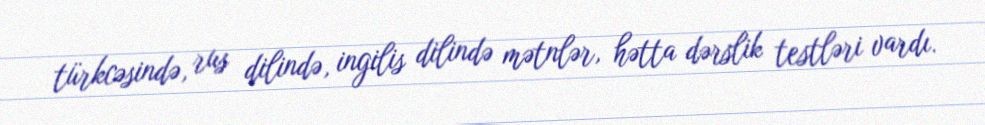
türkcəsində, rus dilində, ingilis dilində mətnlər, hətta dərslik testləri vardı.